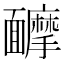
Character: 𩉑